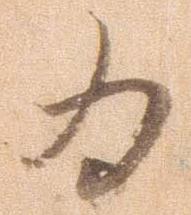
為